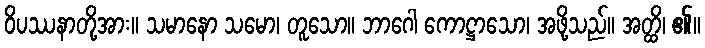
ဝိပဿနာတို့အား။ သမာနော သမော၊ တူသော။ ဘာဂေါ ကောဋ္ဌာသော၊ အဖို့သည်။ အတ္ထိ၊ ၏။